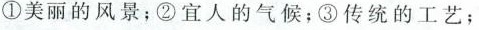
①美丽的风景；②宜人的气候；③传统的工艺；